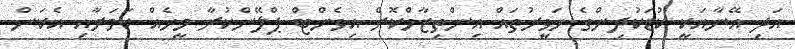
އަދި އޭނާއަކީ ކުޑަކުދިންގެ ހަވީރުތައް އިންތިޒާމްކޮށް އިވެންޓް ޕްލޭންކުރާ މީހެއް ކަމަށާއި އެކަން